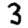
Digit: 3